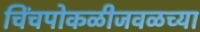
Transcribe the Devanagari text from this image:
चिंचपोकळीजवळच्या